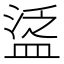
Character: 𥁷